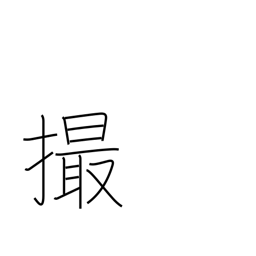
Meaning: take pictures